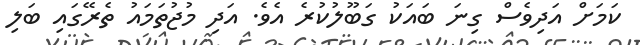
ކަމަށް އަދިވެސް ގިނަ ބައަކު ގަބޫލުކުރެ އެވެ. އަދި މުޖުތަމައު ތެރޭގައި ބަލި